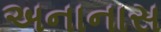
અનાનાસ